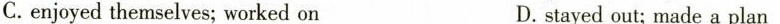
C.enjoyed themselves; worked on D.stayed out; made a plan